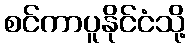
စင်ကာပူနိုင်ငံသို့